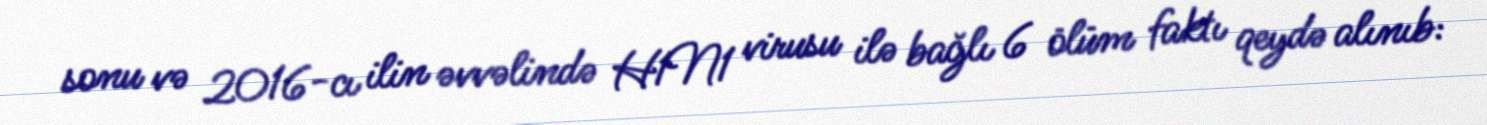
sonu və 2016-cı ilin əvvəlində H1N1 virusu ilə bağlı 6 ölüm faktı qeydə alınıb: